Civil Veterinary Dept. Bombay admin report 1932-41 - 1932-1941
Year: 1932
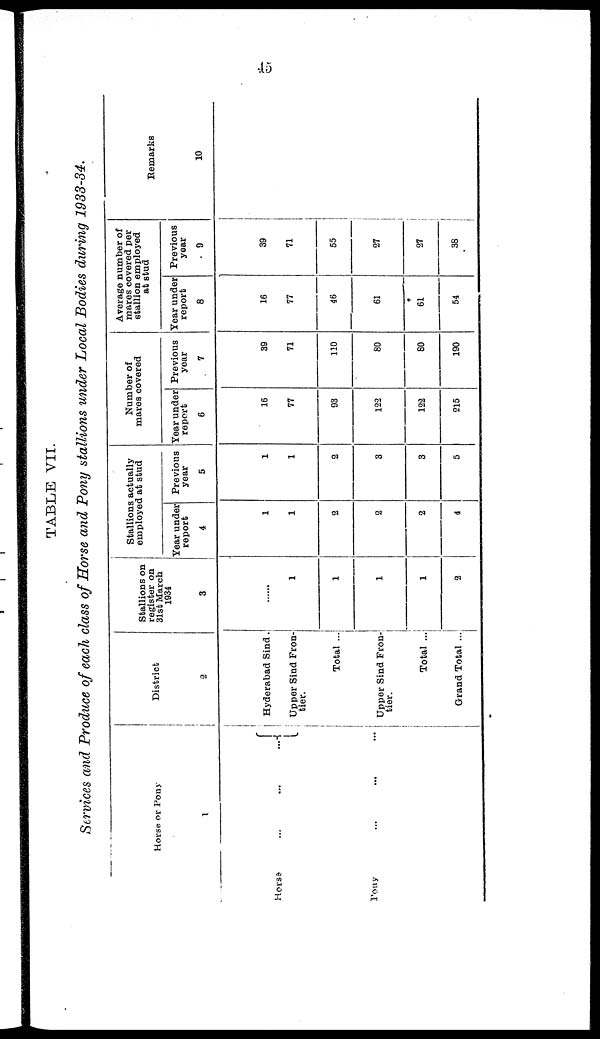
45
TABLE VII.
Services and Produce of each class of Horse and Pony stallions under Local Bodies during 1933-34.
Horse or Pony
Horse
...
...
...
Pony
...
...
...
District
2
Hyderabad Sind.
Upper Sind Fron-
tier.
Total ...
Upper Sind Fron-
tier.
Total ...
Grand Total ...
Stallions on
register on
31st March
1934
3
......
1
1
1
1
2
Stallions actually
employed at stud
Year under
report
4
1
1
2
2
2
4
Previous
year
5
1
1
2
3
3
5
Number of
mares covered
Year under
report
6
16
77
93
122
122
215
Previous
year
7
39
71
110
80
80
190
Average number of
mares covered per
stallion employed
at stud
Year under
report
8
16
77
46
61
61
54
Previous
year
9
39
71
55
27
27
38
Remarks
10